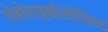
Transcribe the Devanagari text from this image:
रोबोसाइकोलॉजिस्ट